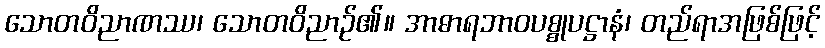
သောတဝိညာဏဿ၊ သောတဝိညာဉ်၏။ အာဓာရဘာဝပစ္စုပဋ္ဌာနံ၊ တည်ရာအဖြစ်ဖြင့်